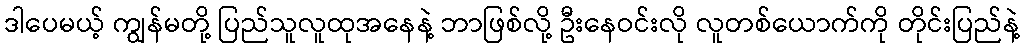
ဒါပေမယ့် ကျွန်မတို့ ပြည်သူလူထုအနေနဲ့ ဘာဖြစ်လို့ ဦးနေဝင်းလို လူတစ်ယောက်ကို တိုင်းပြည်နဲ့